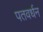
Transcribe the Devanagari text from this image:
पतवर्धन